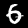
Label: 6